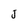
Character: J